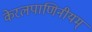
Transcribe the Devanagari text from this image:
केरलपाणिनीयम्